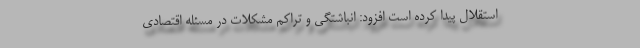
استقلال پیدا کرده است افزود: انباشتگی و تراکم مشکلات در مسئله اقتصادی